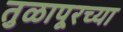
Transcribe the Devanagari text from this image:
तुळापूरच्या